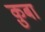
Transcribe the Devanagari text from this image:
क़ुबा